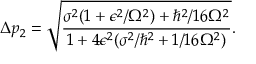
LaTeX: \Delta p _ { 2 } = { \sqrt { \frac { \sigma ^ { 2 } ( 1 + \epsilon ^ { 2 } / \Omega ^ { 2 } ) + \hbar ^ { 2 } / 1 6 \Omega ^ { 2 } } { 1 + 4 \epsilon ^ { 2 } ( \sigma ^ { 2 } / \hbar ^ { 2 } + 1 / 1 6 \Omega ^ { 2 } ) } } } .